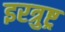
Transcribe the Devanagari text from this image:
इरत्रुष्ट्र